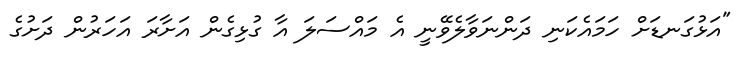
"އަޅުގަނޑަށް ހަމައެކަނި ދަންނަވާލެވޭނީ އެ މައްސަލަ އާ ގުޅިގެން އަށާރަ އަހަރުން ދަށުގެ